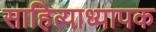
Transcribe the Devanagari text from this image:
साहित्याध्यापक